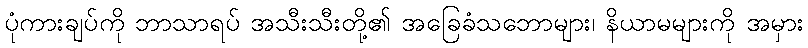
ပုံကားချပ်ကို ဘာသာရပ် အသီးသီးတို့၏ အခြေခံသဘောများ၊ နိယာမများကို အမှား